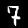
Label: 7